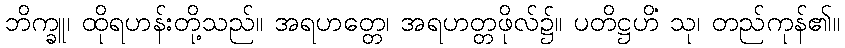
ဘိက္ခူ၊ ထိုရဟန်းတို့သည်။ အရဟတ္တေ၊ အရဟတ္တဖိုလ်၌။ ပတိဋ္ဌဟိံ သု၊ တည်ကုန်၏။